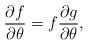
LaTeX: \begin{align*}\frac{\partial f}{\partial\theta} =f \frac{\partial g}{\partial\theta},\end{align*}